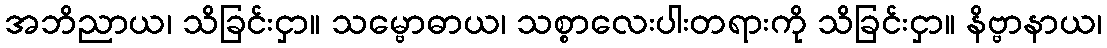
အဘိညာယ၊ သိခြင်းငှာ။ သမ္ဗောဓာယ၊ သစ္စာလေးပါးတရားကို သိခြင်းငှာ။ နိဗ္ဗာနာယ၊